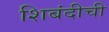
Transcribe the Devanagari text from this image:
शिबंदीची